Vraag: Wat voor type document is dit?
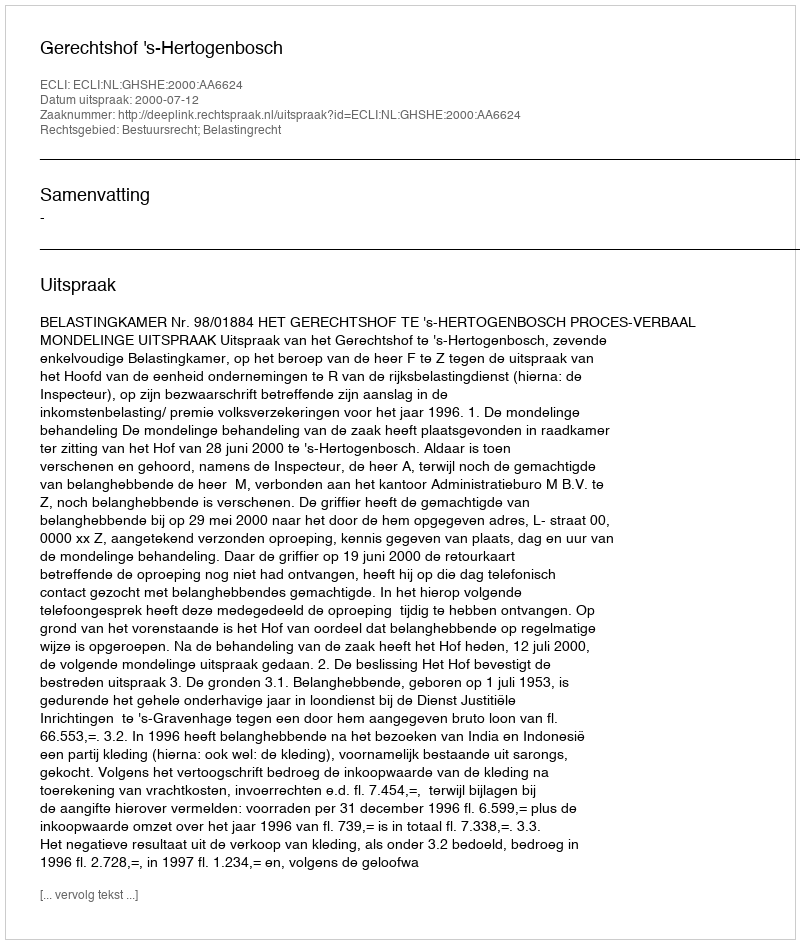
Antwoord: Uitspraak